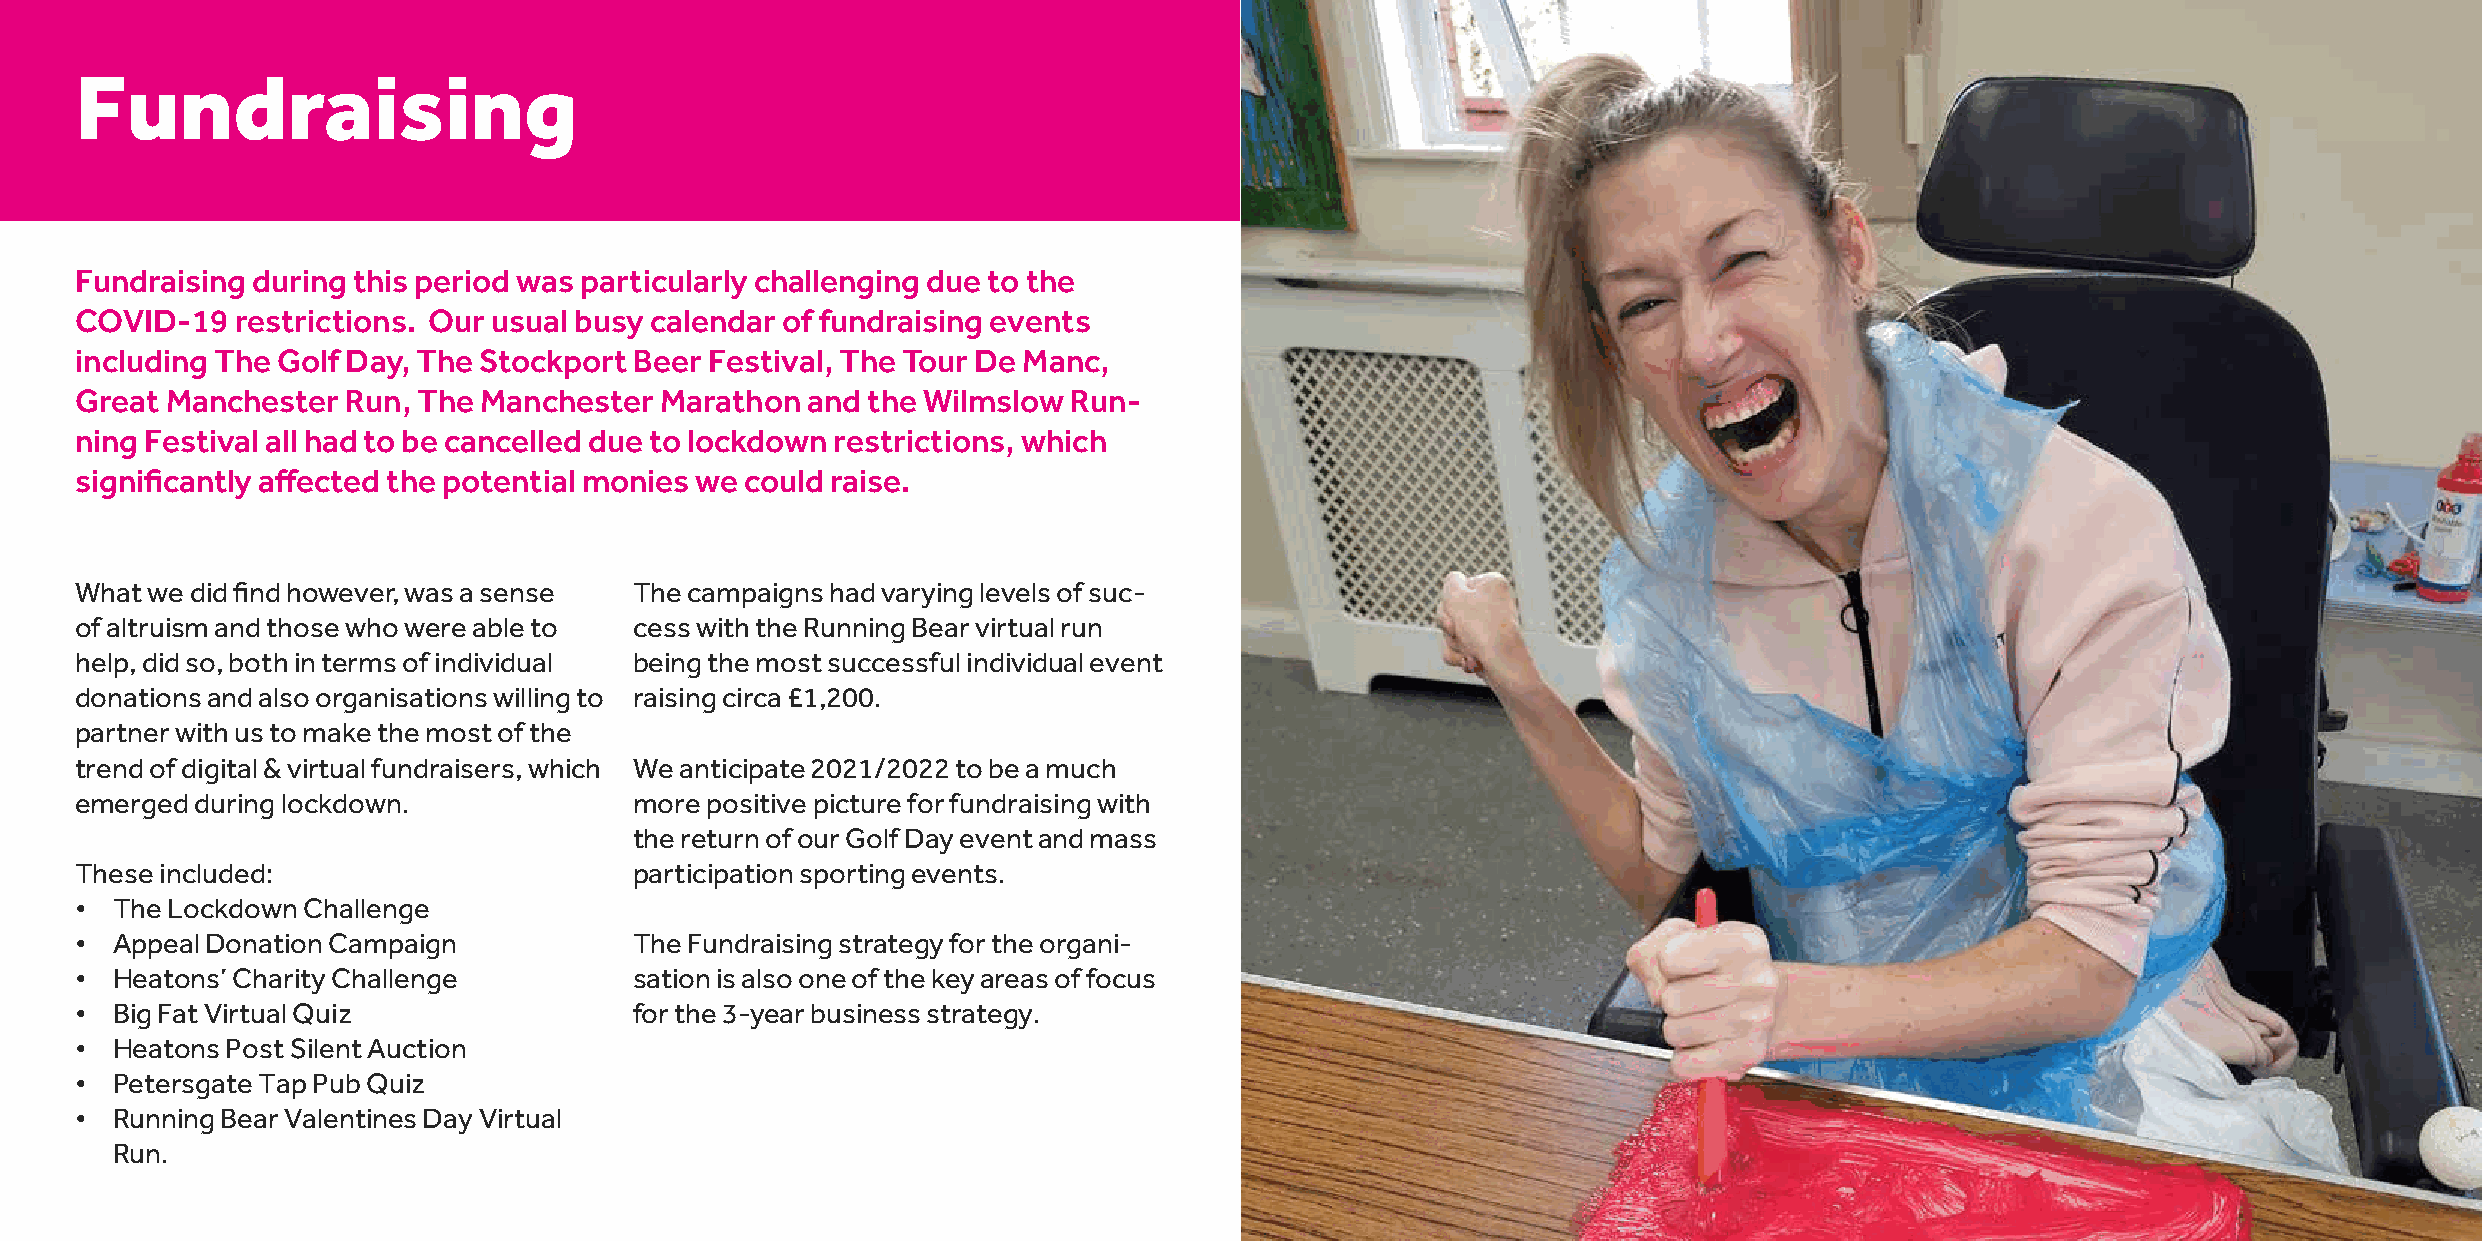
Fundraising
 Fundraising during this period was particularly challenging due to the
 COVID-19   restrictions. Our usual busy calendar of fundraising events
 including The Golf Day, The Stockport Beer Festival, The Tour De Manc,
 Great Manchester  Run, The Manchester  Marathon and the Wilmslow  Run-
 ning Festival all had to be cancelled due to lockdown restrictions, which
 significantly affected the potential monies we could raise.
 What we did find however, was a sense The campaigns had varying levels of suc-
 of altruism and those who were able to cess with the Running Bear virtual run
 help, did so, both in terms of individual being the most successful individual event
 donations and also organisations willing to raising circa £1,200.
 partner with us to make the most of the
 trend of digital & virtual fundraisers, which We anticipate 2021/2022 to be a much
 emerged during lockdown.             more positive picture for fundraising with
 the return of our Golf Day event and mass
 These included:                      participation sporting events.
 • The Lockdown Challenge
 • Appeal Donation Campaign           The Fundraising strategy for the organi-
 • Heatons’ Charity Challenge         sation is also one of the key areas of focus
 • Big Fat Virtual Quiz               for the 3-year business strategy.
 • Heatons Post Silent Auction
 • Petersgate Tap Pub Quiz
 • Running Bear Valentines Day Virtual
 Run.